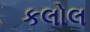
કલોલ